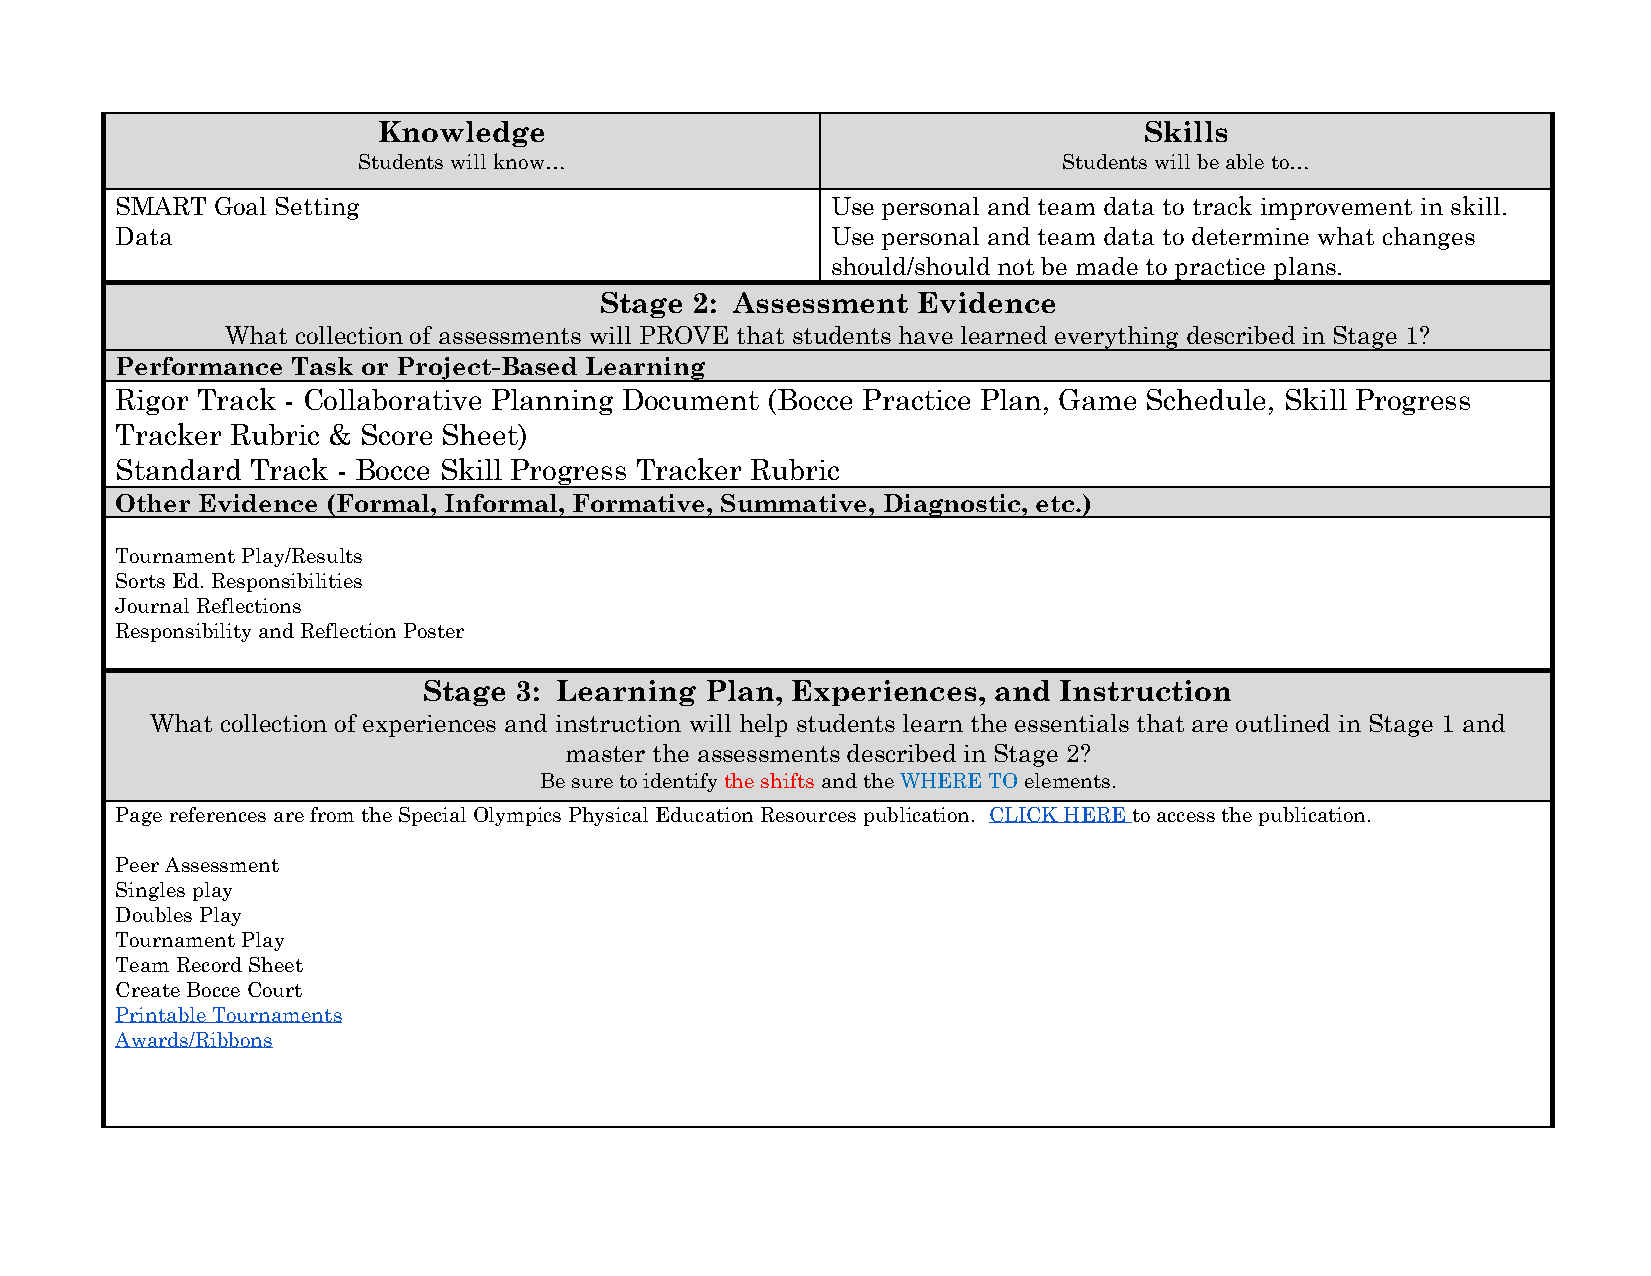
Knowledge                                          Skills
 Students will know…                           Students will be able to…
 SMART Goal Setting                             Use personal and team data to track improvement in skill.
 Data                                           Use personal and team data to determine what changes
 should/should not be made to practice plans.
 Stage 2: Assessment  Evidence
 What collection of assessments will PROVE that students have learned everything described in Stage 1?
 Performance Task or Project-Based Learning
 Rigor Track - Collaborative Planning Document (Bocce Practice Plan, Game Schedule, Skill Progress
 Tracker Rubric & Score Sheet)
 Standard Track - Bocce Skill Progress Tracker Rubric
 Other Evidence (Formal, Informal, Formative, Summative, Diagnostic, etc.)
 Tournament Play/Results
 Sorts Ed. Responsibilities
 Journal Reflections
 Responsibility and Reflection Poster
 Stage 3: Learning  Plan, Experiences, and Instruction
 What collection of experiences and instruction will help students learn the essentials that are outlined in Stage 1 and
 master the assessments described in Stage 2?
 Be sure to identify the shifts and the WHERE TO elements.
 Page references are from the Special Olympics Physical Education Resources publication. CLICK HERE to access the publication.
 Peer Assessment
 Singles play
 Doubles Play
 Tournament Play
 Team Record Sheet
 Create Bocce Court
 Printable Tournaments
 Awards/Ribbons